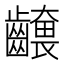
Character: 𮯕